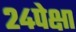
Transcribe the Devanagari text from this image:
२४पेक्षा